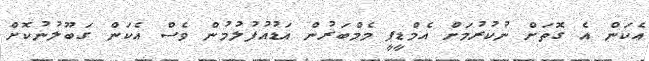
އެކަން އެ ގޮތަށް ނުކުރުމަށް އެމްޑީޕީ މެމްބަރުން އަޑުއުފުލުމުން ވެސް އެކަން ގަބޫލުނުކޮށް